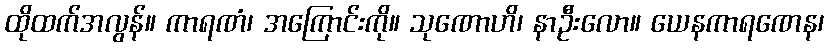
ထိုထက်အလွန်။ ကာရဏံ၊ အကြောင်းကို။ သုဏောဟိ၊ နာဦးလော။ ယေနကာရဏေန၊